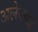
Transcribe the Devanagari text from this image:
अलेक्सेई